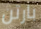
بارتن